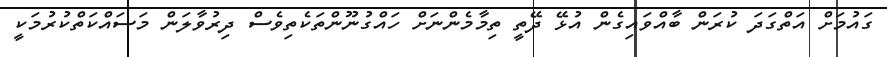
ގައުމަށް އަތްގަދަ ކުރަން ބާއްވައިގެން އުޅޭ ދޭތީ ތިމާމެންނަށް ހައްގުނޫންތަކެތިވެސް ދިރުވާލަން މަސައްކަތްކުރުމަކީ